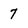
Character: 7